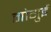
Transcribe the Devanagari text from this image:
मोगुई